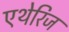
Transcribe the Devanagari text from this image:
एथेरिज